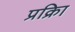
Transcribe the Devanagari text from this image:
प्रक्रिा